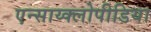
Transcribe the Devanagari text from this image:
एन्साय्क्लोपीडिया